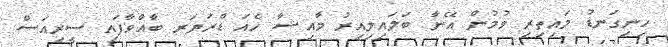
ހިނިގަނޑު މައިތިރި ވުމުން އޭނާ ބަލައިލިއިރު މާއިޝާ ހެއަ ޑްރަޔަރ ބާއްވާފައި ސީރިއަސް